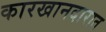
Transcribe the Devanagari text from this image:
कारखानदारात